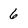
Character: 6